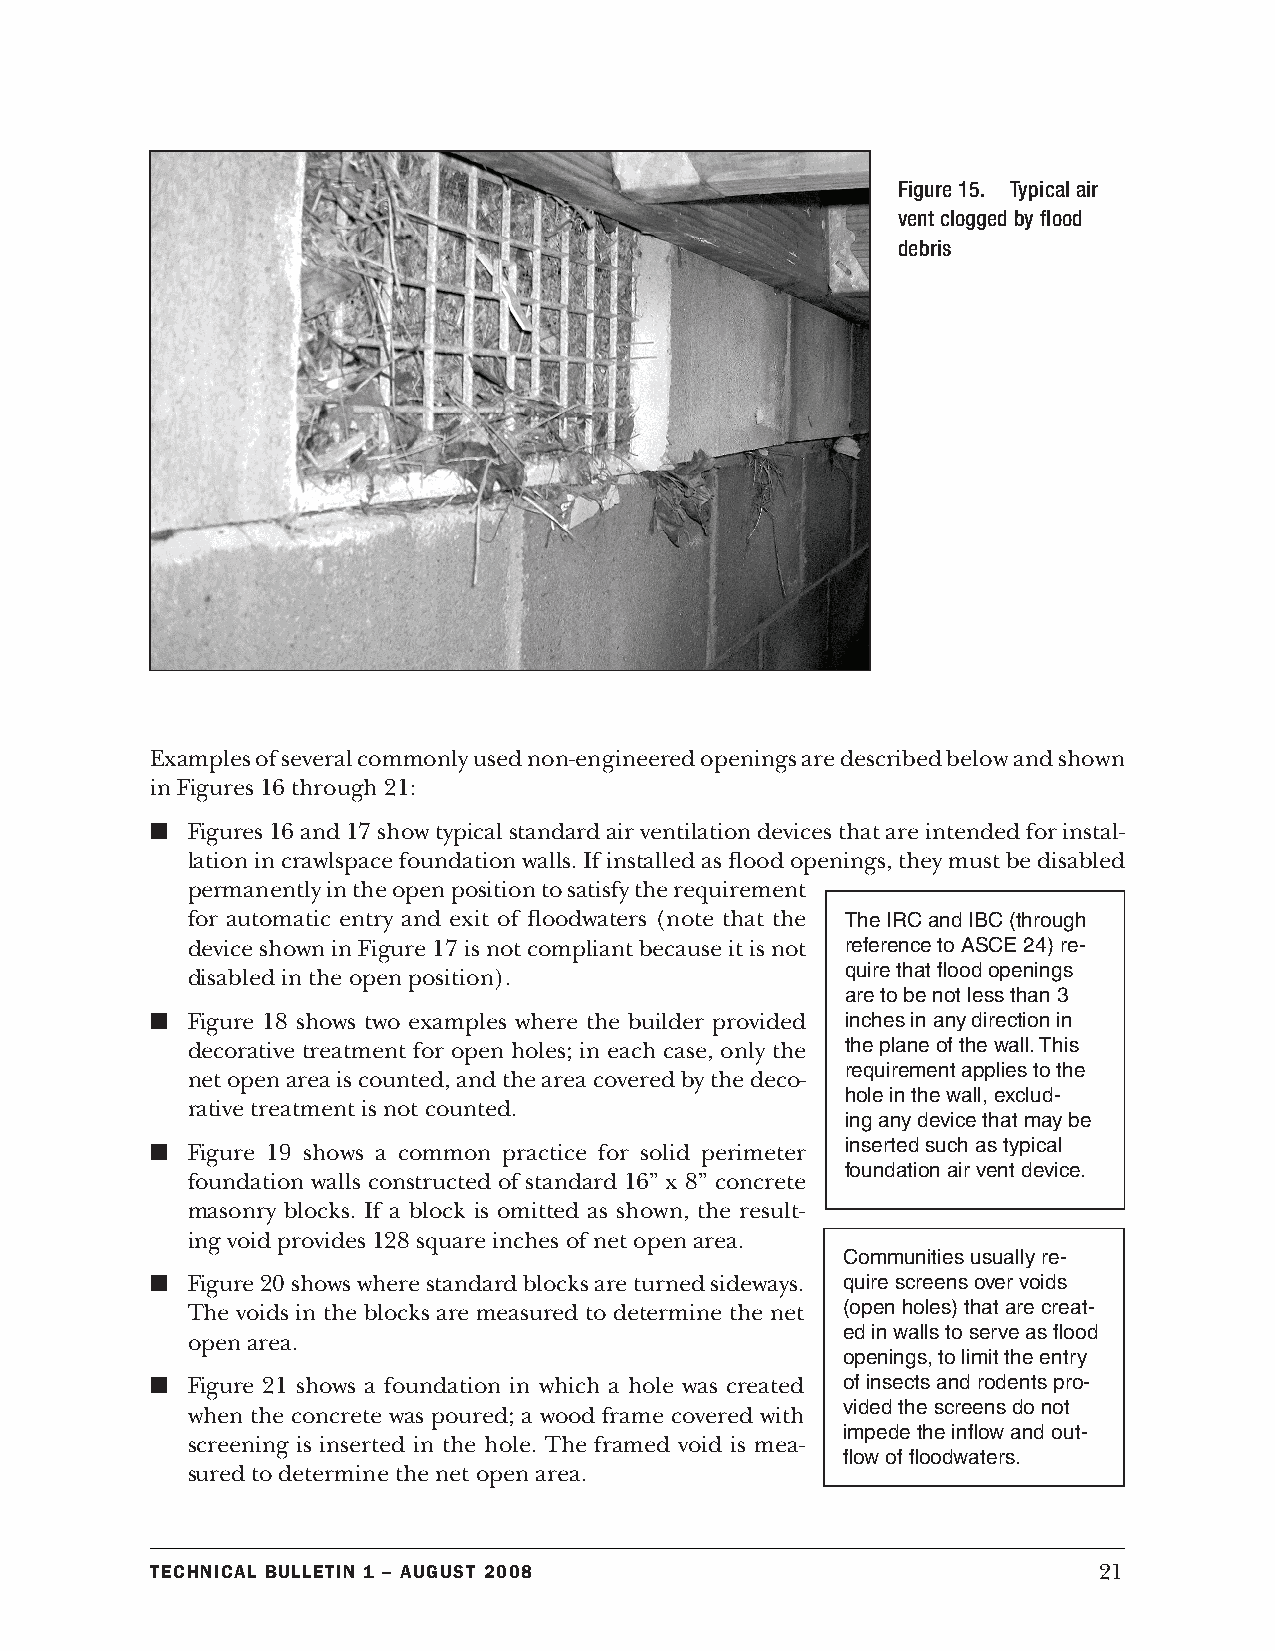
Figure 15. Typical air
 vent clogged by flood
 debris
 Examples of several commonly used non-engineered openings are described below and shown
 in Figures 16 through 21:
 n Figures 16 and 17 show typical standard air ventilation devices that are intended for instal-
 lation in crawlspace foundation walls. If installed as flood openings, they must be disabled
 permanently in the open position to satisfy the requirement
 for automatic entry and exit of floodwaters (note that the The IRC and IBC (through
 device shown in Figure 17 is not compliant because it is not reference to ASCE 24) re-
 quire that flood openings
 disabled in the open position).
 are to be not less than 3
 n Figure 18 shows two examples where the builder provided inches in any direction in
 decorative treatment for open holes; in each case, only the the plane of the wall. This
 requirement applies to the
 net open area is counted, and the area covered by the deco-
 hole in the wall, exclud-
 rative treatment is not counted.
 ing any device that may be
 n Figure 19 shows a common practice for solid perimeter inserted such as typical
 foundation air vent device.
 foundation walls constructed of standard 16” x 8” concrete
 masonry blocks. If a block is omitted as shown, the result-
 ing void provides 128 square inches of net open area.
 Communities usually re-
 n Figure 20 shows where standard blocks are turned sideways. quire screens over voids
 The voids in the blocks are measured to determine the net (open holes) that are creat-
 ed in walls to serve as flood
 open area.
 openings, to limit the entry
 n Figure 21 shows a foundation in which a hole was created of insects and rodents pro-
 vided the screens do not
 when the concrete was poured; a wood frame covered with
 impede the inflow and out-
 screening is inserted in the hole. The framed void is mea-
 flow of floodwaters.
 sured to determine the net open area.
 Technical BulleTin 1 – augusT 2008                             21